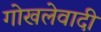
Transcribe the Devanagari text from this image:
गोखलेवादी